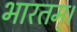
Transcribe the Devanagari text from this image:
भारतम्।